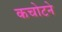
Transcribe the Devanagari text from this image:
कचोटने